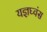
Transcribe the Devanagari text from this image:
यज्ञघ्वंस